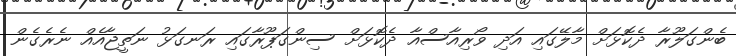
ބެންގަލޫރާ ދެކޮޅަށް މާލޭގައި އަދި ވޯރިއާސްއާ ދެކޮޅަށް ސިންގަޕޫރާގައި ރަނގަޅު ނަތީޖާއެއް ނެރެގެން